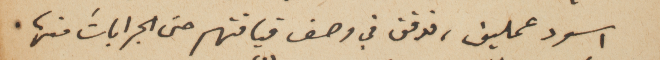
اسود عمليق، فوفق في وصف قيافتهم حتى الجراباتَ منها.